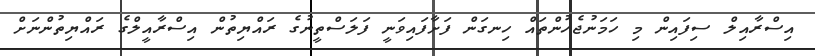
އިސްރާއިލް ސިފައިން މި ހަމަނުޖެހުންތައް ހިނގަން ފަށާފައިވަނީ ފަލަސްތީނުގެ ރައްޔިތުން އިސްރާއީލްގެ ރައްޔިތުންނަށް